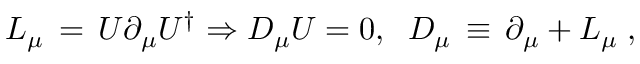
L _ { \mu } \, = \, U \partial _ { \mu } U ^ { \dag } \Rightarrow D _ { \mu } U = 0 , \; \; D _ { \mu } \, \equiv \, \partial _ { \mu } + L _ { \mu } \; ,